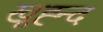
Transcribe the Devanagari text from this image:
खूह्न्द